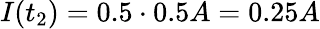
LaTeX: I(t_{2})=0.5\cdot 0.5A=0.25A